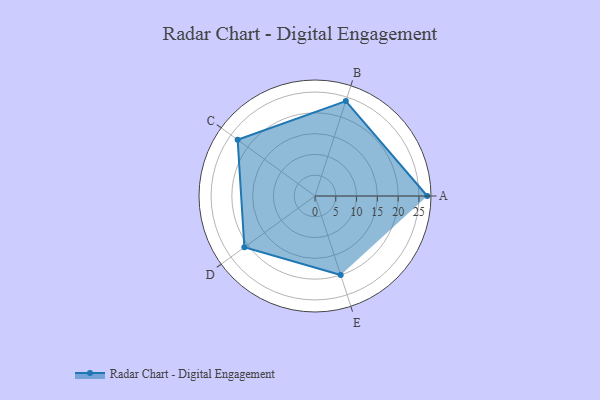
{"axis": {"x": "Skill", "y": "Score"}, "legend": ["Profile"], "data": [{"x": "A", "y": 27.0, "type": "Profile"}, {"x": "B", "y": 24.0, "type": "Profile"}, {"x": "C", "y": 23.0, "type": "Profile"}, {"x": "D", "y": 21.0, "type": "Profile"}, {"x": "E", "y": 20, "type": "Profile"}]}